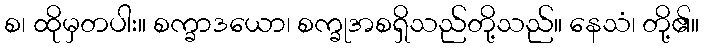
စ၊ ထိုမှတပါး။ စက္ခာဒယော၊ စက္ခုအစရှိသည်တို့သည်။ နေသံ၊ တို့၏။